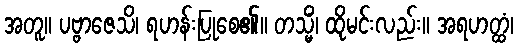
အတူ။ ပဗ္ဗာဇေသိ၊ ရဟန်းပြုစေ၏။ တသ္မိံ၊ ထိုမင်းလည်း။ အရဟတ္ထံ၊